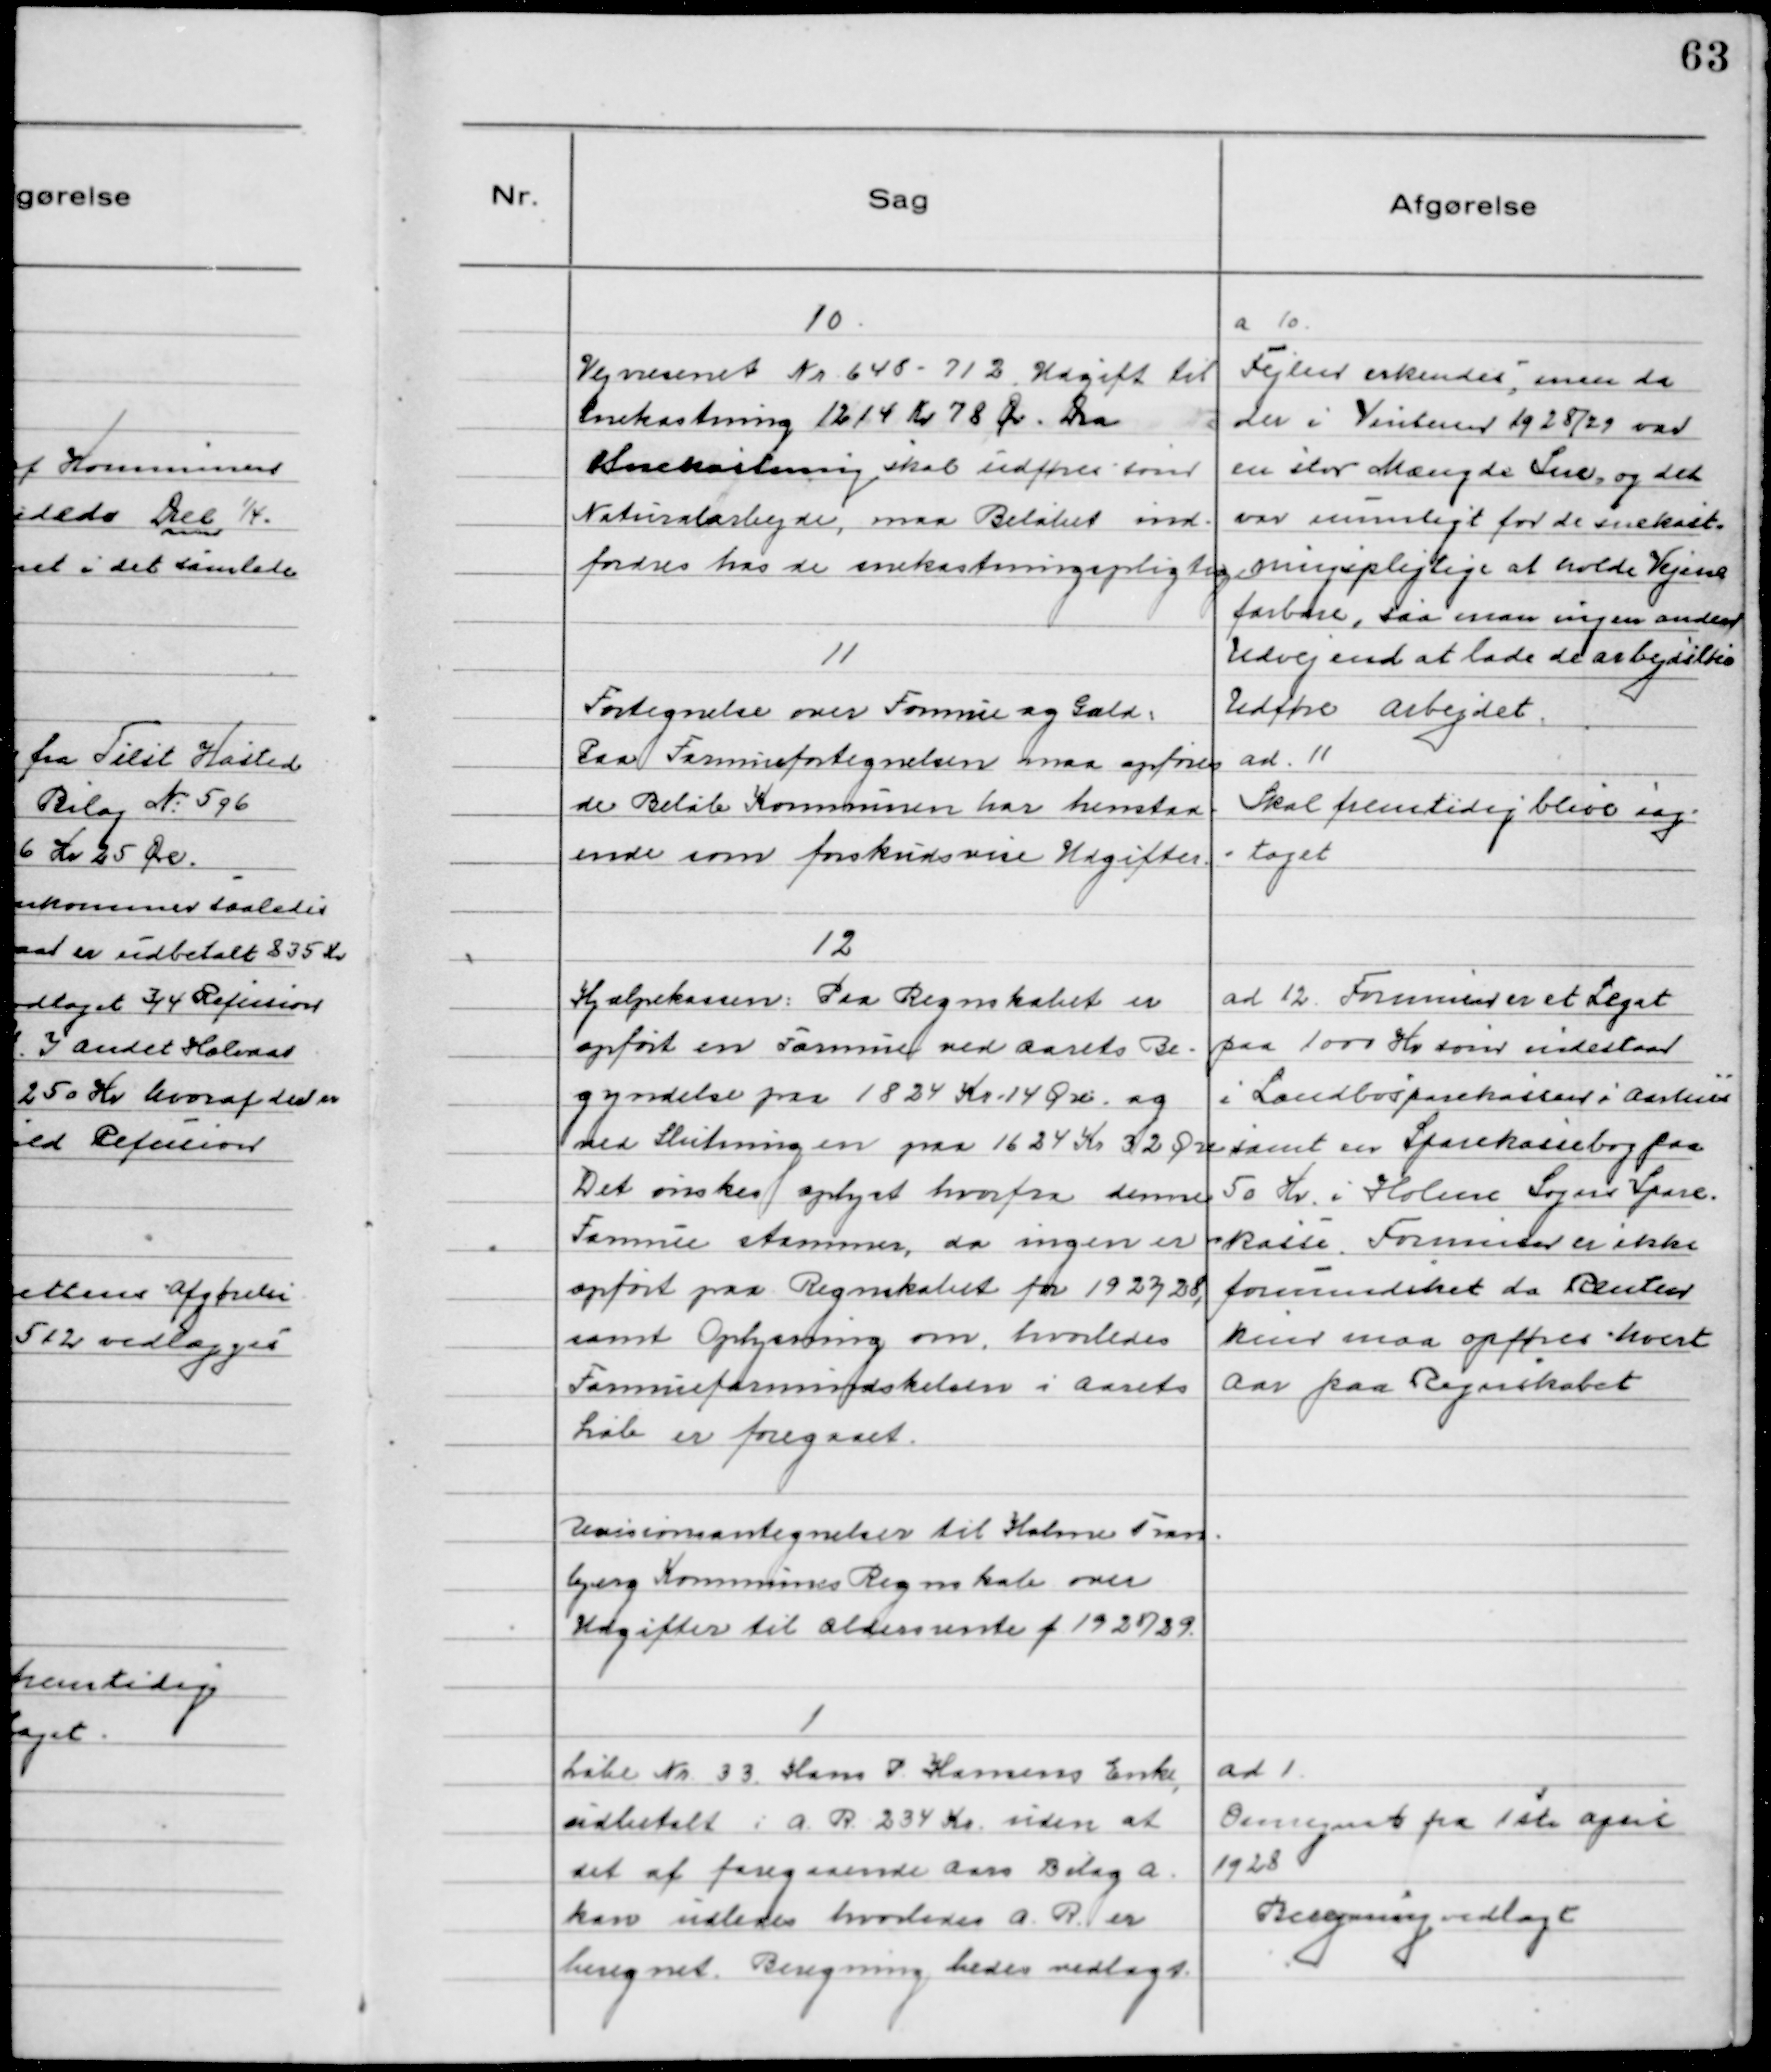
Transskription:
10.
Vejvæsenet Nr 648 - 712. Udgift til
Snekastning 1214 Kr 78 Ør. Da
Snekastning skal udføres som
Naturalarbejde, maa Beløbet ind-
fordres hos de snekastningspligtige

a 10
Fejlen erkendes, men da
der i Vinteren 1928/29 var
en stor Mængde Sne, og det
var umuligt for de snekast-
ningspligtige at holde Vejene
farbare, saa man ingen anden
Udvej end at lade de arbejdsløse
Udføre arbejdet.

11
Fortegnelse over Formue og Gæld:
Paa Formuefortegnelsen maa opføres
de Beløb Kommunen har henstaa-
ende som forskudsvise Udgifter.

ad. 11
Skal fremtidig blive iag-
taget

12
Hjælpekassen: Paa Regnskabet er
opført en Formue ved Aarets Be-
gyndelse paa 1824 Kr. 14 Øre og
ved Slutning en paa 1624 Kr 32 Øre
Det ønskes oplyst hvorfra denne
Formue stammer, da ingen er
opført paa Regnskabet for 1927/28,
samt Oplysning om, hvorledes
Formueformindskelsen i Aarets
Løb er foregaaet.

ad. 12. Formuen er et Legat
paa 1000 Kr som udestaar
i Landbosparekassen i Aarhus
samt en Sparekassebog paa
50 Kr. i Holme Sogns Spare-
kasse. Formuen er ikke
formindsket da Renter
kun maa opføres hvert
Aar paa Regnskabet

Revisionsantegnelser til Holme Tran-
bjerg Kommunes Regnskab over
Udgifter til Aldersrente f. 1928/29.

1
Løbe Nr. 33. Hans P Hansens Enke,
udbetalt i A.R. 234 Kr. uden at
det af foregaaende Aars Bilag A
kan udledes hvorledes A.R. er
beregnet. Beregning bedes vedlagt.

Ad 1
Omregnet fra 1ste April
1928
Beregning vedlagt